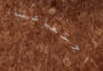
اجتماعنا